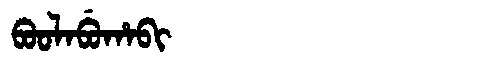
Manchu: ᠪᠣᠣᠯᠠᠪᡠᡥᠠᠪᡳ
Romanization: BOOLABUHABI